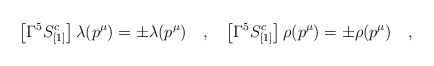
\begin{align*}\left [\Gamma^5 S^c_{[1]}\right ] \lambda (p^\mu) =\pm \lambda (p^\mu)\quad,\quad\left [\Gamma^5 S^c_{[1]}\right ] \rho (p^\mu) =\pm \rho (p^\mu)\quad,\end{align*}